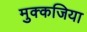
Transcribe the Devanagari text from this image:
मुक्कजिया